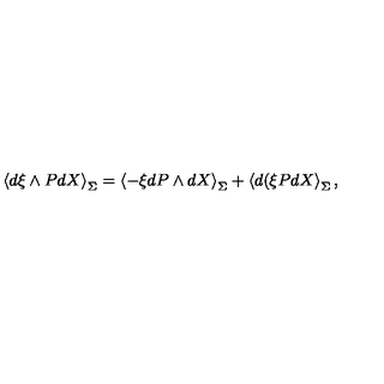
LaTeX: \left\langle d \xi \wedge P d X \right\rangle _ { \Sigma } = \left\langle - \xi d P \wedge d X \right\rangle _ { \Sigma } + \left\langle d ( \xi P d X \right\rangle _ { \Sigma } , \nonumber